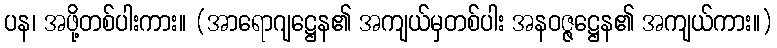
ပန၊ အဖို့တစ်ပါးကား။ (အာရောဂျဋ္ဌေန၏ အကျယ်မှတစ်ပါး အနဝဇ္ဇဋ္ဌေန၏ အကျယ်ကား။)